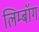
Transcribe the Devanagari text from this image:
लिम्बॉग